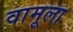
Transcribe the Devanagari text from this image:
वामूला